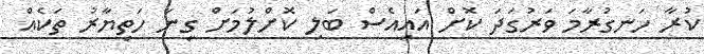
ކުރާ ހަނގުރާމަ ވަރުގަދަ ކޮށް އައިއެސް ބަލި ކޮށްލުމަށް ގިނަ ހަތިޔާރު ތަކެއް